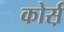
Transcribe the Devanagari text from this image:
कोर्स़